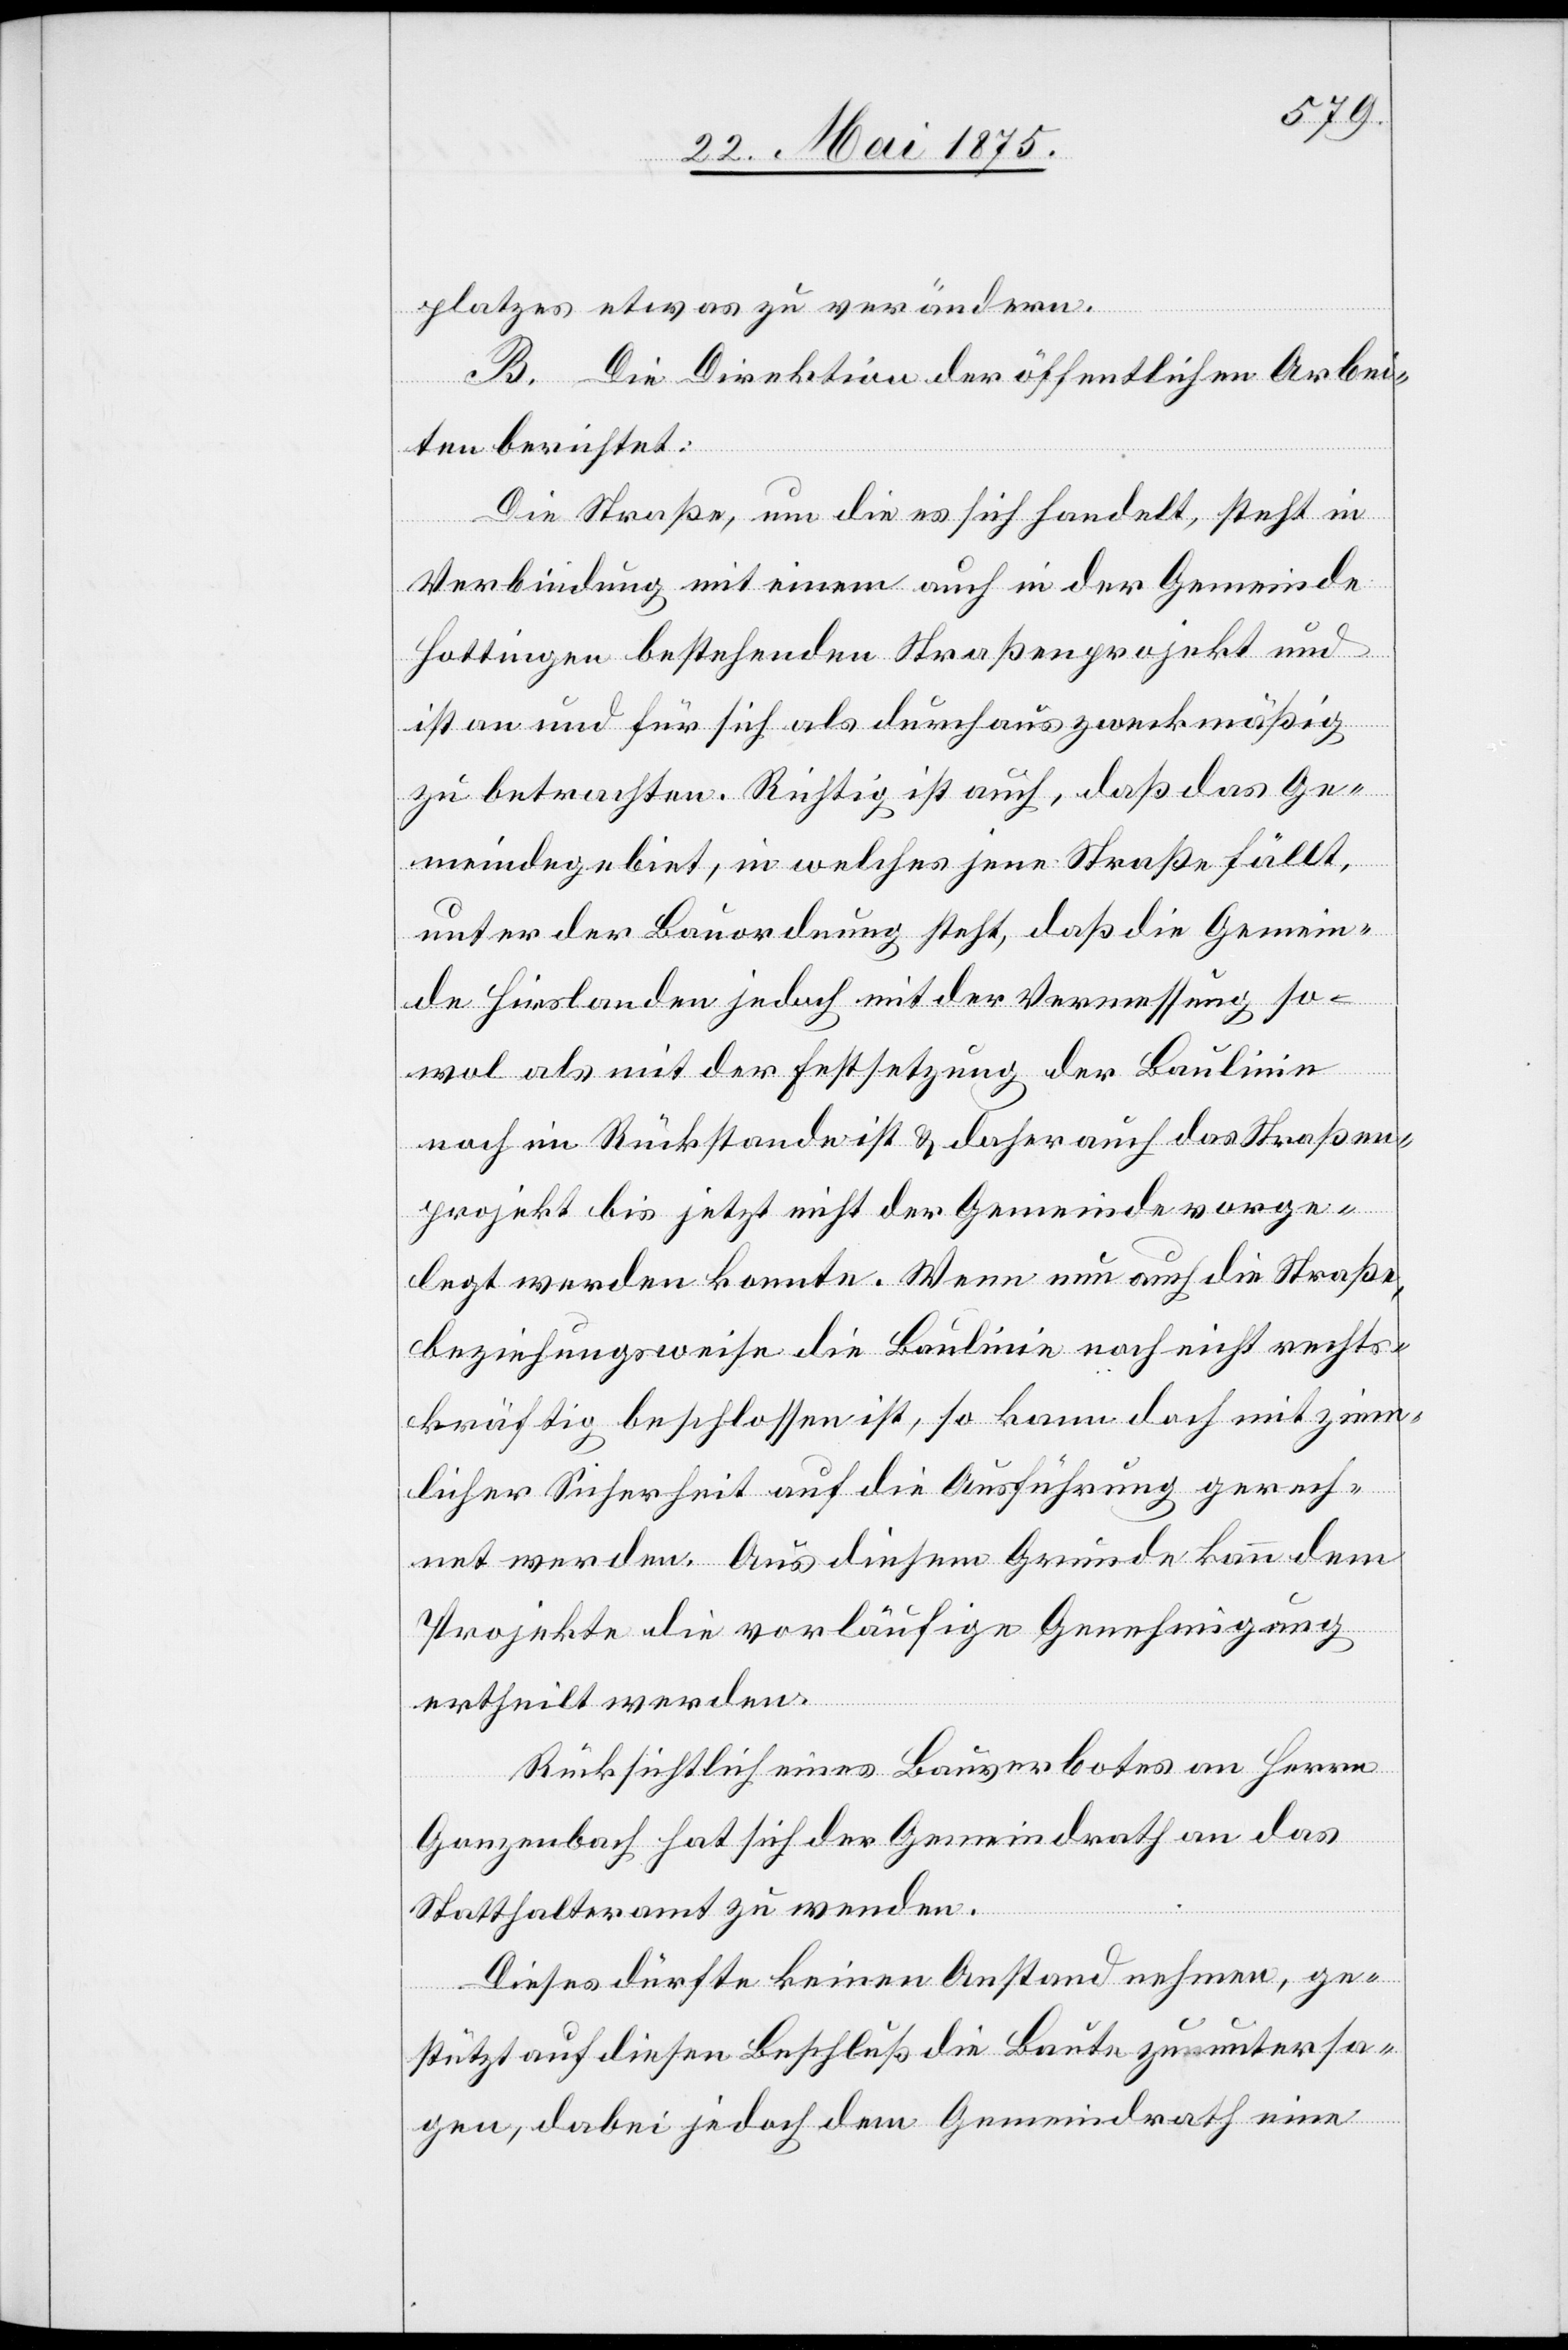
platzes etwas verändern.
B. Die Direktion der öffentlichen Arbei¬
ten berichtet:
Die Straße, um die es sich handelt, steht in
Verbindung mit einem auch in der Gemeinde
Hottingen bestehenden Straßenprojekt und
ist an und für sich als durchaus zweckmäßig
zu betrachten. Richtig ist auch, daß das Ge¬
meindegebiet, in welches jene Straße fällt,
unter der Bauordnung steht, daß die Gemein¬
de Hirslanden jedoch mit der Vermessung so¬
wol als mit der Festsetzung der Baulinie
noch im Rückstande ist & daher auch das Straßen¬
projekt bis jetzt nicht der Gemeinde vorge¬
legt werden konnte. Wenn nun auch die Straße,
beziehungsweise die Baulinie noch nicht rechts¬
kräftig beschlossen ist, so kann doch mit ziem¬
licher Sicherheit auf die Ausführung gerech¬
net werden. Aus diesem Grunde kann dem
Projekte die vorläufige Genehmigung
ertheilt werden.
Rücksichtlich eines Bauverbotes an Herrn
Gonzenbach hat sich der Gemeindrath an das
Statthalteramt zu wenden.
Dieses dürfte keinen Anstand nehmen, ge¬
stützt auf diesen Beschluß die Baute zu untersa¬
gen, dabei jedoch dem Gemeindrath eine